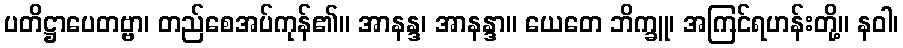
ပတိဋ္ဌာပေတဗ္ဗာ၊ တည်စေအပ်ကုန်၏။ အာနန္ဒ၊ အာနန္ဒာ။ ယေတေ ဘိက္ခူ၊ အကြင်ရဟန်းတို့။ နဝါ၊